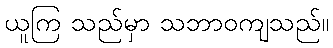
ယူကြ သည်မှာ သဘာဝကျသည်။